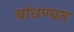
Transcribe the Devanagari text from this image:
बांधण्यत